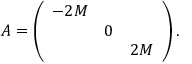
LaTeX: A = \left( \begin{array} { c c c } { { - 2 M } } & { { } } & { { } } \\ { { } } & { { 0 } } & { { } } \\ { { } } & { { } } & { { 2 M } } \end{array} \right) .